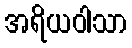
အရိယဝါသာ